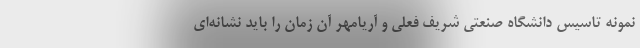
نمونه تاسيس دانشگاه صنعتي شريف فعلي و آريامهر آن زمان را بايد نشانه‌اي